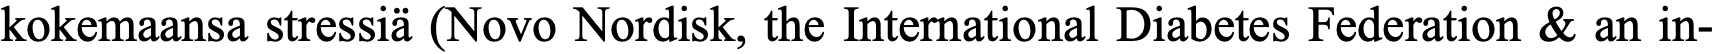
kokemaansa stressiä (Novo Nordisk, the International Diabetes Federation & an in-